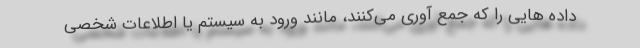
داده هایی را که جمع آوری می‌کنند، مانند ورود به سیستم یا اطلاعات شخصی